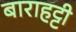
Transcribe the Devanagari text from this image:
बाराहट्टी